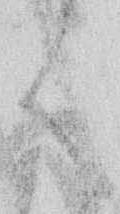
く